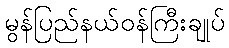
မွန်ပြည်နယ်ဝန်ကြီးချုပ်